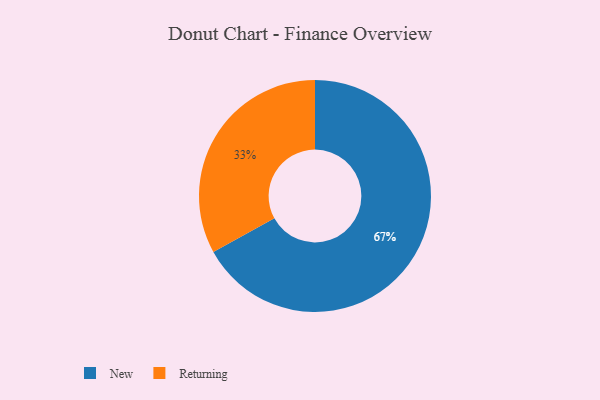
{"axis": {"x": "Category", "y": "Percentage"}, "legend": ["New", "Returning"], "data": [{"x": "Returning", "y": 33, "type": "Returning"}, {"x": "New", "y": 67, "type": "New"}]}